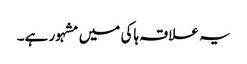
یہ علاقہ ہاکی میں مشہور ہے۔